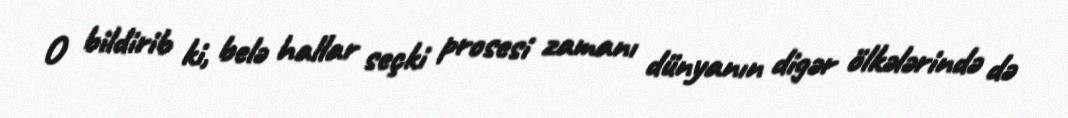
O bildirib ki, belə hallar seçki prosesi zamanı dünyanın digər ölkələrində də